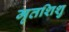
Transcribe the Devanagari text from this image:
मृतशिशु